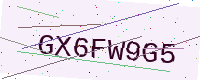
Text: GX6FW9G5